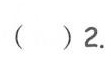
（ ）2.